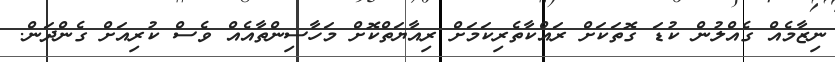
ނިޒާމެއް ގެއްލުން ކުޑަ ގޮތަކަށް ރައްކާތެރިކަމަށް ރިއާޔަތްކޮށް މަހާސިންތާއެއް ވެސް ކުރިއަށް ގެންދަން.